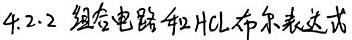
4.2.2 组合电路和HCL 布尔表达式